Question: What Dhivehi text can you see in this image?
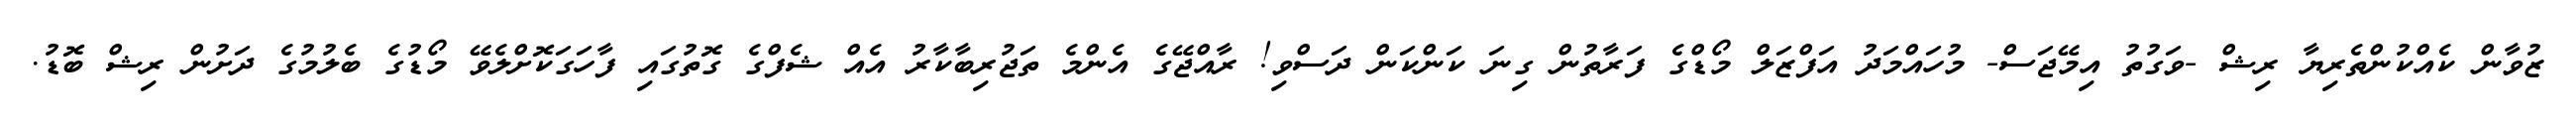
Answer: ޒުވާން ކެއްކުންތެރިޔާ ރިޝް -ވަގުތު އިމޭޖަސް- މުހައްމަދު އަފްޒަލް މޯޑްގެ ފަރާތުން ގިނަ ކަންކަން ދަސްވި! ރާއްޖޭގެ އެންމެ ތަޖުރިބާކާރު އެއް ޝެފްގެ ގޮތުގައި ފާހަގަކޮށްލެވޭ މޯޑުގެ ބެލުމުގެ ދަށުން ރިޝް ބޮޑު.